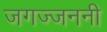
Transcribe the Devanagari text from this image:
जगज्जननी